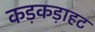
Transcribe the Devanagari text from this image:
कड़कड़ाहट